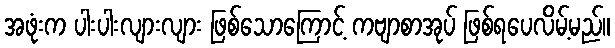
အဖုံးက ပါးပါးလျားလျား ဖြစ်သောကြောင့် ကဗျာစာအုပ် ဖြစ်ရပေလိမ့်မည်။